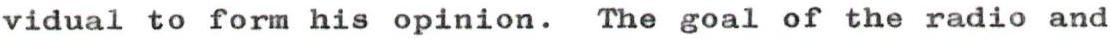
vidual to form his opinion. The goal of the radio and